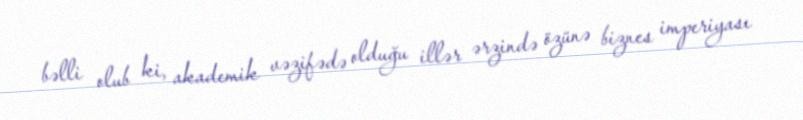
bəlli olub ki, akademik vəzifədə olduğu illər ərzində özünə biznes imperiyası